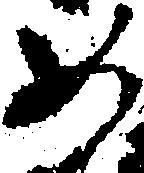
如